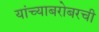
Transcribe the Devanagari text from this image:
यांच्याबरोबरची